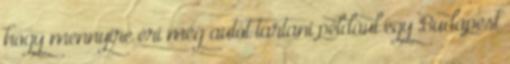
hogy mennyire éri meg autót tartani például egy Budapest